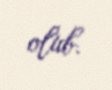
olub.